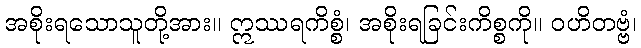
အစိုးရသောသူတို့အား။ ဣဿရကိစ္စံ၊ အစိုးရခြင်းကိစ္စကို။ ဝဟိတဗ္ဗံ၊